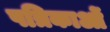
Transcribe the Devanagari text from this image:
पत्रिकाओं